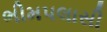
ભીમપલાસી